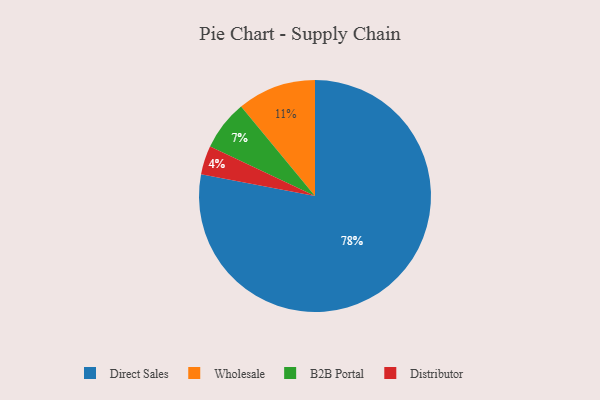
{"axis": {"x": "Category", "y": "Percentage"}, "legend": ["B2B Portal", "Direct Sales", "Distributor", "Wholesale"], "data": [{"x": "B2B Portal", "y": 7, "type": "B2B Portal"}, {"x": "Wholesale", "y": 11, "type": "Wholesale"}, {"x": "Direct Sales", "y": 78, "type": "Direct Sales"}, {"x": "Distributor", "y": 4, "type": "Distributor"}]}